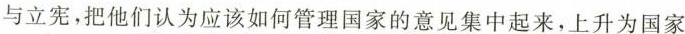
与立宪，把他们认为应该如何管理国家的意见集中起来，上升为国家